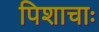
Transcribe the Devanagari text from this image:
पिशाचाः